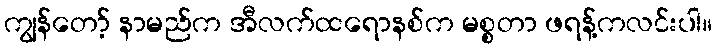
ကျွန်တော့် နာမည်က အီလက်ထရောနစ်က မစ္စတာ ဖရန့်ကလင်းပါ။